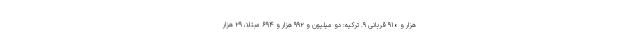
هزار و ۹۱۰ قربانی ۹. ترکیه: دو میلیون و ۹۹۲ هزار و ۶۹۴ مبتلا، ۲۹ هزار